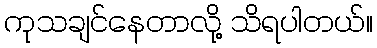
ကုသချင်နေတာလို့ သိရပါတယ်။